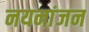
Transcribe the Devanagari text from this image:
नयनांजन